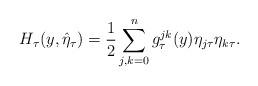
LaTeX: \begin{align*}H_\tau(y,\hat\eta_\tau)=\frac{1}{2}\sum_{j,k=0}^n g_\tau^{jk}(y)\eta_{j\tau}\eta_{k\tau}.\end{align*}